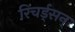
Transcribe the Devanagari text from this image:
रिचर्ड्‌सन्‌